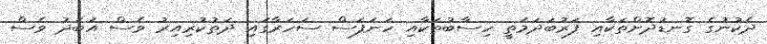
ދެކުނުގެ ގޮނޑުދޮށްތަކާއި ފަރުބަދަމަތީ ހިސާބުތަކާއި ހަނަފަސް ސަހަރާގައި ދަތުކުރިއިރު ވެސް އަބަދު ވެސް